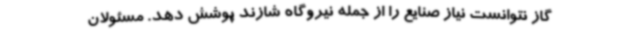
گاز نتوانست نیاز صنایع را از جمله نیروگاه شازند پوشش دهد. مسئولان